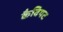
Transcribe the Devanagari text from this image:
कैवियट